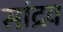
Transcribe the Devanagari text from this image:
सांद्रव